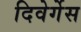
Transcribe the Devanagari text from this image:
दिवेर्गेस